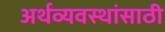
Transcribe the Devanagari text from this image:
अर्थव्यवस्थांसाठी